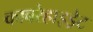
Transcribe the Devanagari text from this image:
काबरेहाइड्रेट